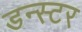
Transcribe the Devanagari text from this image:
डन्स्टर